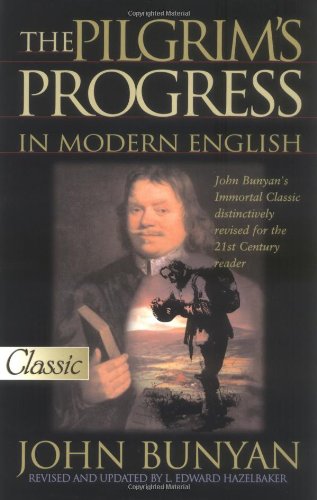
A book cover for Pilgrim's Progress In Modern English (Updated) (Pure Gold Classics); John Bunyan; Christian Books & Bibles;